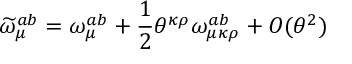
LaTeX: \widetilde { \omega } _ { \mu } ^ { a b } = \omega _ { \mu } ^ { a b } + \frac { 1 } { 2 } \theta ^ { \kappa \rho } \omega _ { \mu \kappa \rho } ^ { a b } + O ( \theta ^ { 2 } )